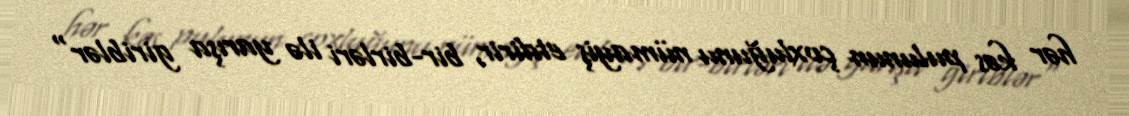
hər kəs pulunun çoxluğunu nümayiş etdirir, bir-birləri ilə yarışa giriblər"